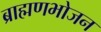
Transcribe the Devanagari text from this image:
ब्राह्मणभोजन